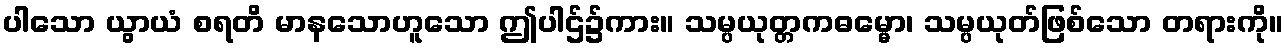
ပါသော ယွာယံ စရတိ မာနသောဟူသော ဤပါဌ်၌ကား။ သမ္ပယုတ္တကဓမ္မော၊ သမ္ပယုတ်ဖြစ်သော တရားကို။